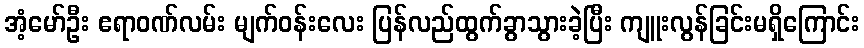
အံ့မော်ဦး ဧရာဝဏ်လမ်း မျက်ဝန်းလေး ပြန်လည်ထွက်ခွာသွားခဲ့ပြီး ကျူးလွန်ခြင်းမရှိကြောင်း